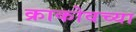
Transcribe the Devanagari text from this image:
क्राकोवच्या